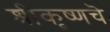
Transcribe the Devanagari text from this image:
श्रीकृष्णचॆ